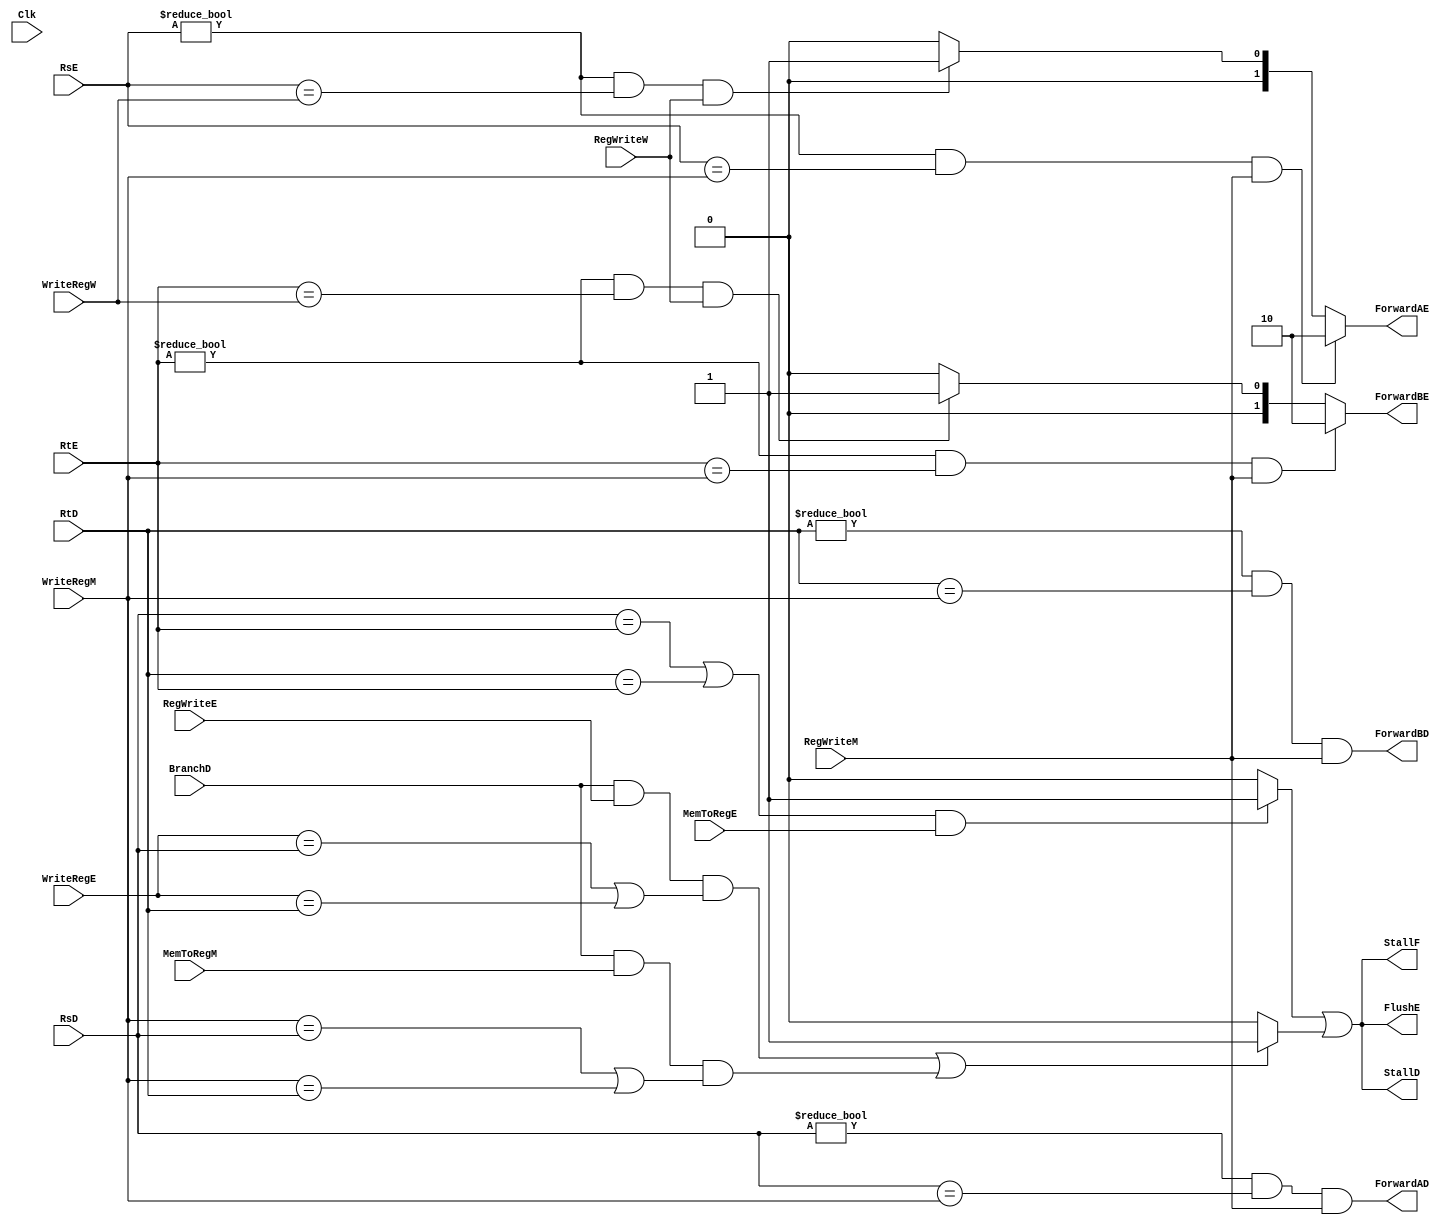
`timescale 1ns / 1ps
//////////////////////////////////////////////////////////////////////////////////
// Company: 
// Engineer: 
// 
// Design Name: 
// Module Name: HazardUnit
// Project Name: 
// Target Devices: 
// Tool Versions: 
// Description: 
// 
// Dependencies: 
// 
// Revision:
// Revision 0.01 - File Created
// Additional Comments:
// 
//////////////////////////////////////////////////////////////////////////////////


module HazardUnit( input  [4:0] RsE, RtE, RsD, RtD,
                   input  [4:0] WriteRegE, WriteRegM, WriteRegW,
		           input  BranchD, Clk, MemToRegE, RegWriteE, MemToRegM, RegWriteM,        
                          RegWriteW,
                   output reg ForwardAD, ForwardBD,
  		           output wire StallF, StallD, 
                          FlushE, 
                   output reg [1:0] ForwardAE, ForwardBE);
                   
                   reg lwstall, branchstall;
                   
                   
                  
 always @(*) 
    begin
        
        if (((RsE) !=0) && (RsE == WriteRegM) && RegWriteM) 
        ForwardAE = 2;
        
        else if ((RsE != 0) && (RsE == WriteRegW) && RegWriteW) 
        ForwardAE = 1;
        
        else 
        ForwardAE = 0;

        
        if (((RtE) !=0) && (RtE == WriteRegM) && RegWriteM) 
        ForwardBE = 2'b10;
        
        else if ((RtE != 0) && (RtE == WriteRegW) && RegWriteW) 
        ForwardBE = 2'b01;
       
        else 
        ForwardBE = 2'b00;
        
        ForwardAD = ((RsD != 0) && (RsD == WriteRegM) && RegWriteM);
        
        ForwardBD = ((RtD != 0) && (RtD == WriteRegM) && RegWriteM);
        
        if((BranchD && RegWriteE && (WriteRegE == RsD || WriteRegE == RtD)) || 
            (BranchD && MemToRegM && ((WriteRegM == RsD) || (WriteRegM == RtD)))) branchstall = 1;
        else branchstall = 0;    
                
        if  (((RsD == RtE) || (RtD == RtE)) && MemToRegE) lwstall = 1 ;
        else lwstall = 0; 
        
                    
    end
  

assign StallD = (lwstall || branchstall);
assign StallF = (lwstall || branchstall);
assign FlushE = (lwstall || branchstall);
   
endmodule